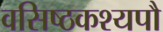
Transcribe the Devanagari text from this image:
वसिष्ठकश्यपौ